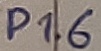
Text: P1.6